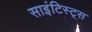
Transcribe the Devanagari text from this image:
साइंटिस्ट्स